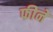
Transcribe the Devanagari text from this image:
फीने